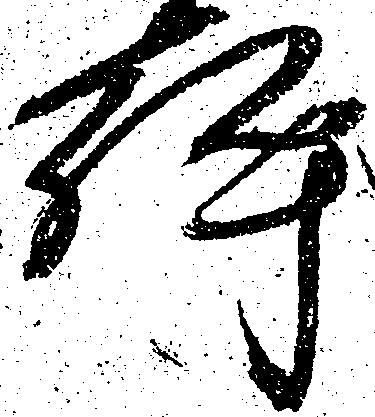
許